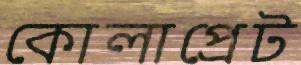
কোলাপ্রেট